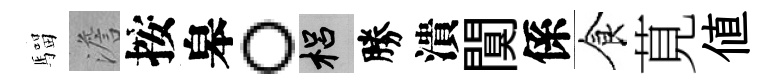
騮澹按皋。梠勝潰闃係食莧值